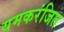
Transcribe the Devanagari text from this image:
यमकरंजित